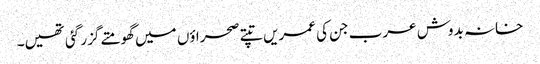
خانہ بدوش عرب جن کی عمریں تپتے صحراؤں میں گھومتے گزر گئی تھیں۔